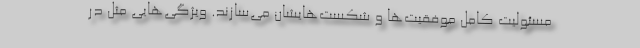
مسئولیت کامل موفقیت‌ها و شکست‌هایشان می‌سازند. ویژگی‌هایی مثل در